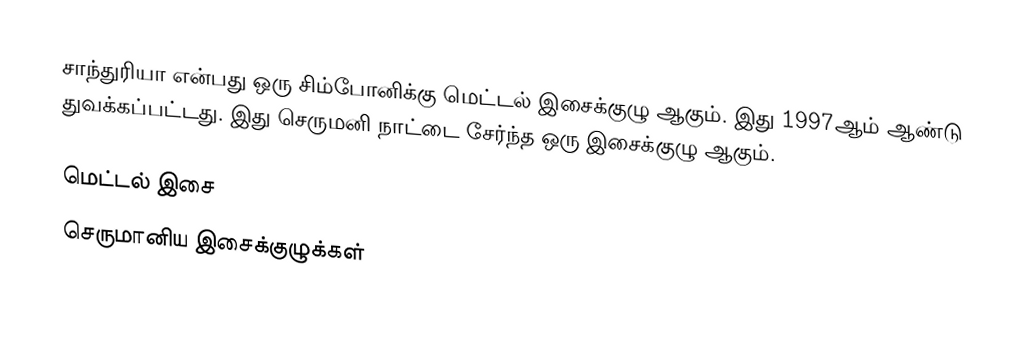
சாந்துரியா என்பது ஒரு சிம்போனிக்கு மெட்டல் இசைக்குழு ஆகும். இது 1997ஆம் ஆண்டு துவக்கப்பட்டது. இது செருமனி நாட்டை சேர்ந்த ஒரு இசைக்குழு ஆகும்.

மெட்டல் இசை
செருமானிய இசைக்குழுக்கள்